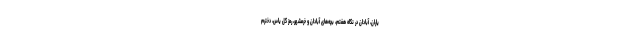
یاران، آبادان در نگاه هفتم، بچه‌های آبادان و خرمشهر، رمز گل یاس، دخترم